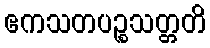
ဧကသတပဉ္စသတ္တတိ